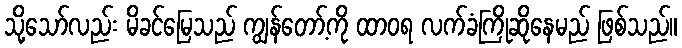
သို့သော်လည်း မိခင်မြေသည် ကျွန်တော့်ကို ထာဝရ လက်ခံကြိုဆိုနေမည် ဖြစ်သည်။